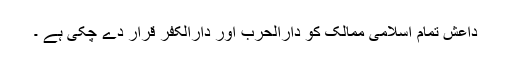
داعش تمام اسلامی ممالک کو دارالحرب اور دارالکفر قرار دے چکی ہے ۔